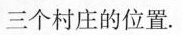
三个村庄的位置.